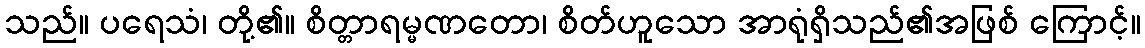
သည်။ ပရေသံ၊ တို့၏။ စိတ္တာရမ္မဏတော၊ စိတ်ဟူသော အာရုံရှိသည်၏အဖြစ် ကြောင့်။